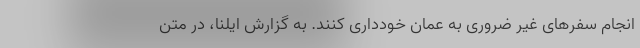
انجام سفرهای غیر ضروری به عمان خودداری کنند. به گزارش ایلنا، در متن